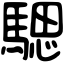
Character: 騦